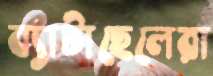
ব্যাটাছেলেরা